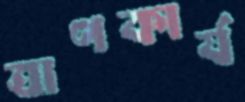
ত্রাণকার্য